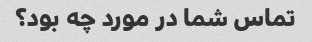
تماس شما در مورد چه بود؟